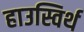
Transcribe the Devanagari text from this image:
हाउस्विर्थ